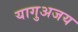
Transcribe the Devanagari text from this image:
यागुअजय